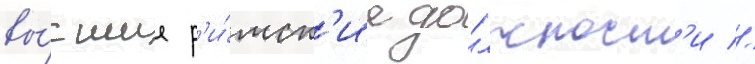
вы́сшие р'и́мск'ие до́лжност'и //